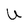
Character: U